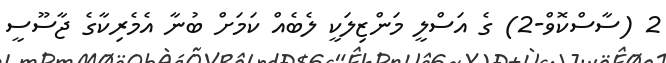
2 (ސާސްކޮވް-2) ގެ އަސްލީ މަންޒިލަކީ ލެބެއް ކަމަށް ބުނާ އެމެރިކާގެ ޖާސޫސީ